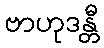
ဗာဟုဒန္တီ